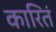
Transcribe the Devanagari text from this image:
कारितं